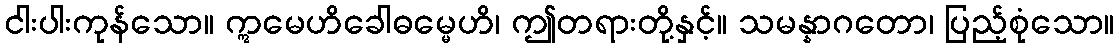
ငါးပါးကုန်သော။ ဣမေဟိခေါဓမ္မေဟိ၊ ဤတရားတို့နှင့်။ သမန္နာဂတော၊ ပြည့်စုံသော။